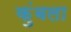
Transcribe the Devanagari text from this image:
कुंबला